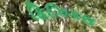
ફિઝિકસ